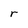
Character: r